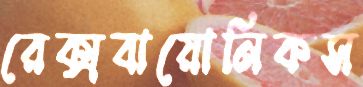
রেক্সবায়োনিকস